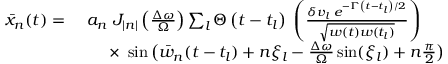
\begin{array} { r l } { \bar { x } _ { n } ( t ) = \ } & { a _ { n } \ J _ { | n | } \left( \frac { \Delta \omega } { \Omega } \right) \sum _ { l } \Theta \left( t - t _ { l } \right) \; \left( \frac { \delta v _ { l } \; e ^ { - \Gamma \left( t - t _ { l } \right) / 2 } } { \sqrt { w ( t ) w ( t _ { l } ) } } \right) } \\ & { \quad \ \times \ \sin \big ( \bar { w } _ { n } ( t - t _ { l } ) + n \xi _ { l } - \frac { \Delta \omega } { \Omega } \sin ( \xi _ { l } ) + n \frac { \pi } { 2 } \big ) } \end{array}